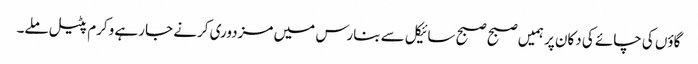
گاؤں کی چائے کی دکان پر ہمیں صبح صبح سائیکل سے بنارس میں مزدوری کرنے جا رہے وکرم پٹیل ملے۔